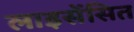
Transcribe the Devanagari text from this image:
लाइसेंसित